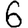
Digit: 6